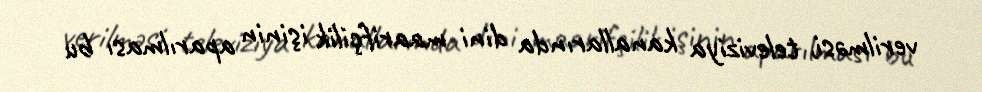
verilməsi, televiziya kanallarında dini maarifçilik işinin aparılması bu